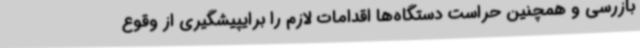
بازرسی و همچنین حراست دستگاه‌ها اقدامات لازم را برایپیشگیری از وقوع